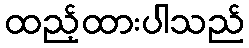
ထည့်ထားပါသည်